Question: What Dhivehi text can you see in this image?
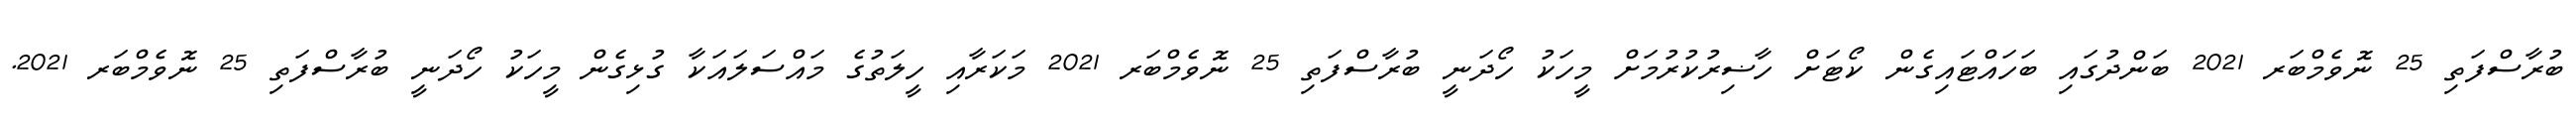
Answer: ބުރާސްފަތި 25 ނޮވެމްބަރ 2021 ބަންދުގައި ބަހައްޓައިގެން ކޯޓަށް ހާޟިރުކުރުމަށް މީހަކު ހޯދަނީ ބުރާސްފަތި 25 ނޮވެމްބަރ 2021 މަކަރާއި ހީލަތުގެ މައްސަލައަކާ ގުޅިގެން މީހަކު ހޯދަނީ ބުރާސްފަތި 25 ނޮވެމްބަރ 2021.